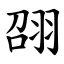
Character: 䎄